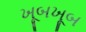
ખૂબખૂબ